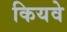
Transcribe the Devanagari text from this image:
कियवे